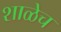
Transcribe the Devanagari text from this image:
शाळेच